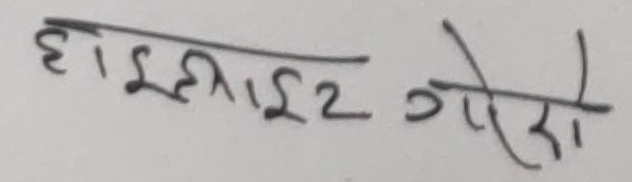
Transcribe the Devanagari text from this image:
हाइलाइ२ गरो